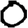
Digit: 0